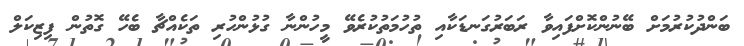
ބަންދުކުރުމަށް ބޭނުންކޮށްފައިވާ ރަބަރުގަނޑަކާއި ތުހުމަތުކުރެވޭ މީހުންނާ ގުޅުންހުރި ތަކެއްޗާ ބެހޭ ގޮތުން ފިޒިކަލް